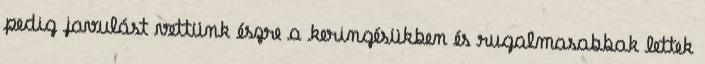
pedig javulást vettünk észre a keringésükben és rugalmasabbak lettek